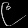
Digit: ၉